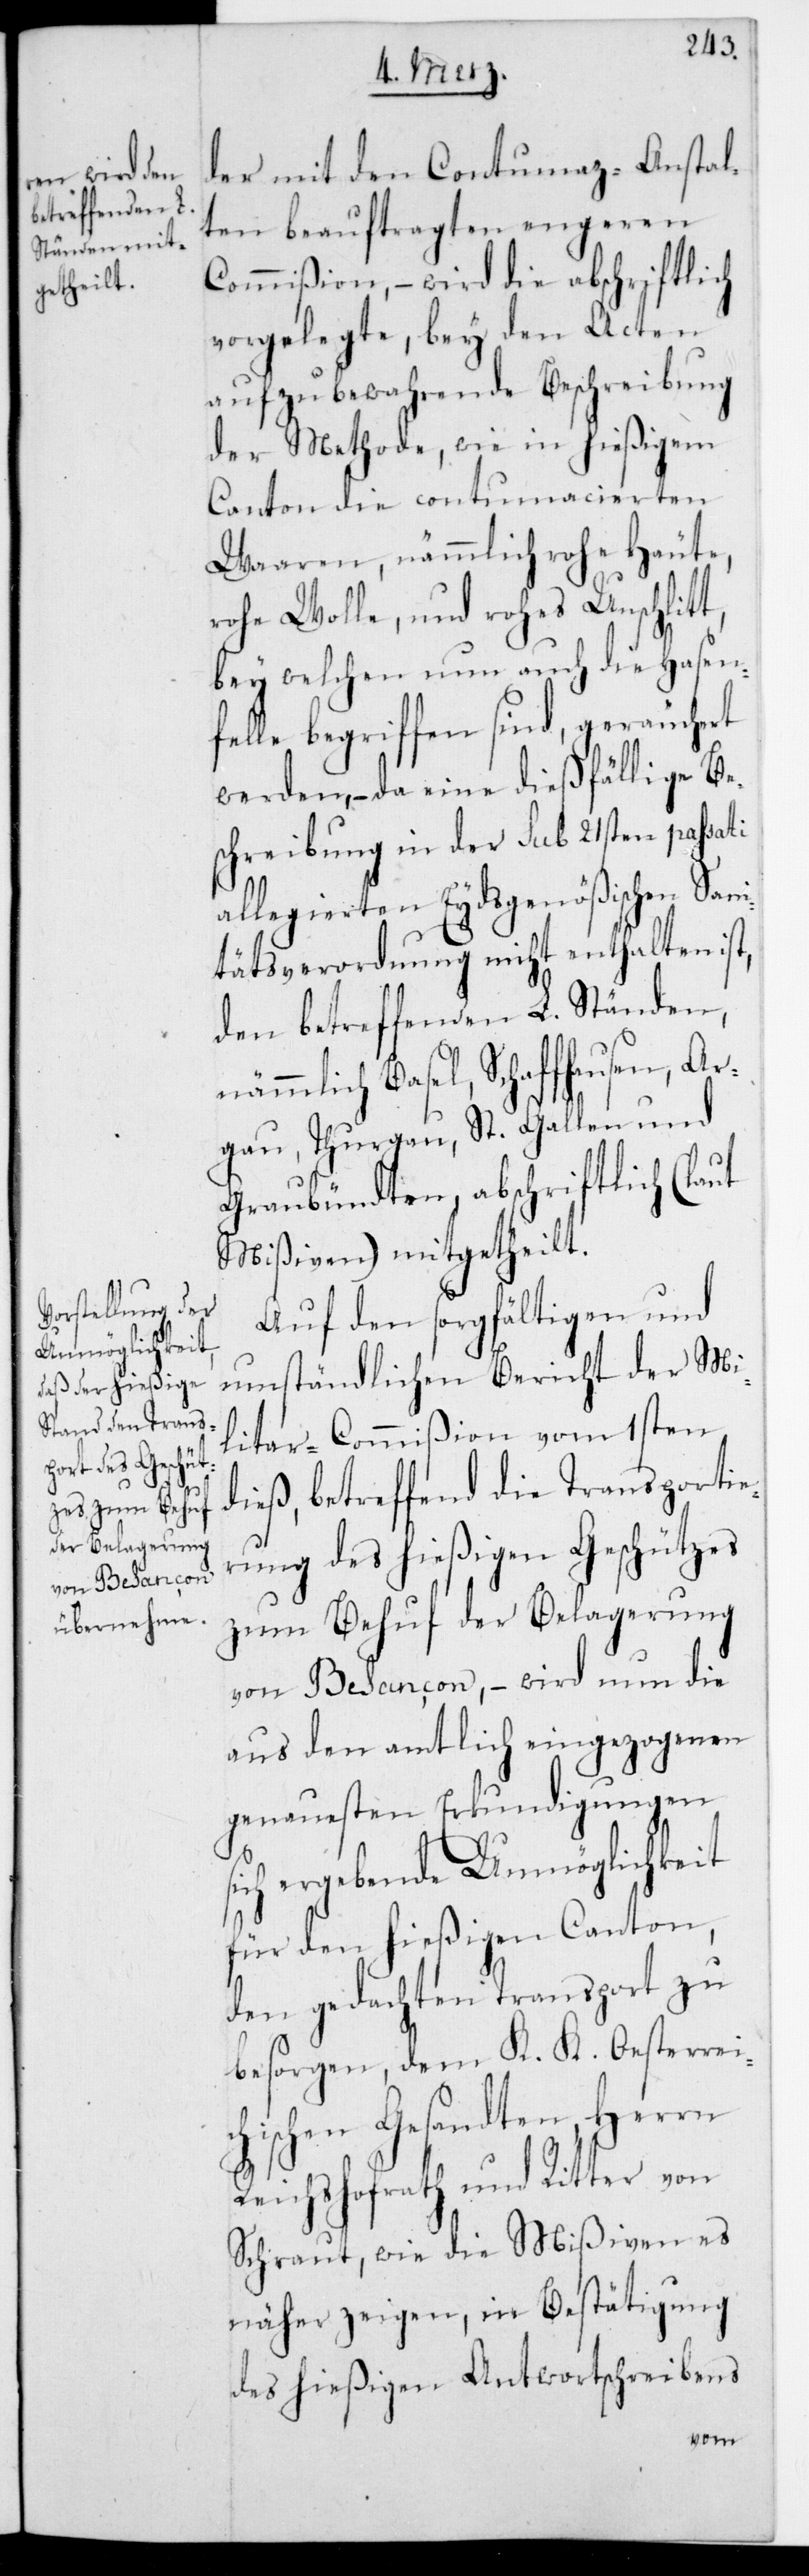
der mit den Contumaz-Anstal¬
ten beauftragten engeren
Commißion, – wird die abschriftlich
vorgelegte, bey den Acten
aufzubewahrende Beschreibung
der Methode, wie in hießigem
Canton die contumacierten
Waren, nämmlich rohe Häute,
rohe Wolle und rohes Unschlitt,
bey welchem nun auch die Hasen¬
felle begriffen sind, geräuchert
werden, – da eine dießfällige Be¬
schreibung in der sub 21sten passati
allegierten Eydsgenößischen Sani¬
tätsverordnung nicht enthalten ist,
den betreffenden L. Ständen,
nämmlich Basel, Schaffhausen, Ar¬
gau, Thurgau, St. Gallen und
Graubündten, abschriftlich (laut
Mißiven) mitgetheilt.
Auf den sorgfältigen und
umständlichen Bericht der Mi¬
litar-Commißion vom 1sten
dieß, betreffend die Transportie¬
rung des hießigen Geschützes
zum Behuf der Belagerung
von Besançon, – wird nun die
aus den amtlich eingezogenen
genauesten Erkundigungen s¬
ich ergebende Unmöglichkeit
für den hießigen Canton,
den gedachten Transport zu
besorgen, dem K. K. Oesterreic¬
hischen Gesandten, Herrn
Reichshofrath und Ritter von
Schraut, wie die Mißiven es
näher zeigen, in Bestätigung
des hießigen Antwortschreibens